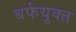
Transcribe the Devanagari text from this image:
बर्फयुक्त